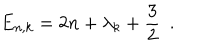
LaTeX: E _ { n , k } = 2 n + { \lambda _ { k } } + \frac { 3 } { 2 } \, \, \, .